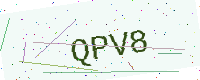
Text: QPV8